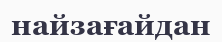
найзағайдан